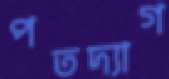
পতদ্যাগ